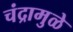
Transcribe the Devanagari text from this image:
चंद्रामुळे